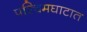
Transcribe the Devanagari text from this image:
पश्चिमघाटात